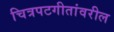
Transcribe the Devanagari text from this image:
चित्रपटगीतांवरील